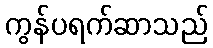
ကွန်ပရက်ဆာသည်